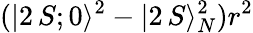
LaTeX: (|2\, S;0\rangle^{2}-|2\, S\rangle_{N}^{2})r^{2}